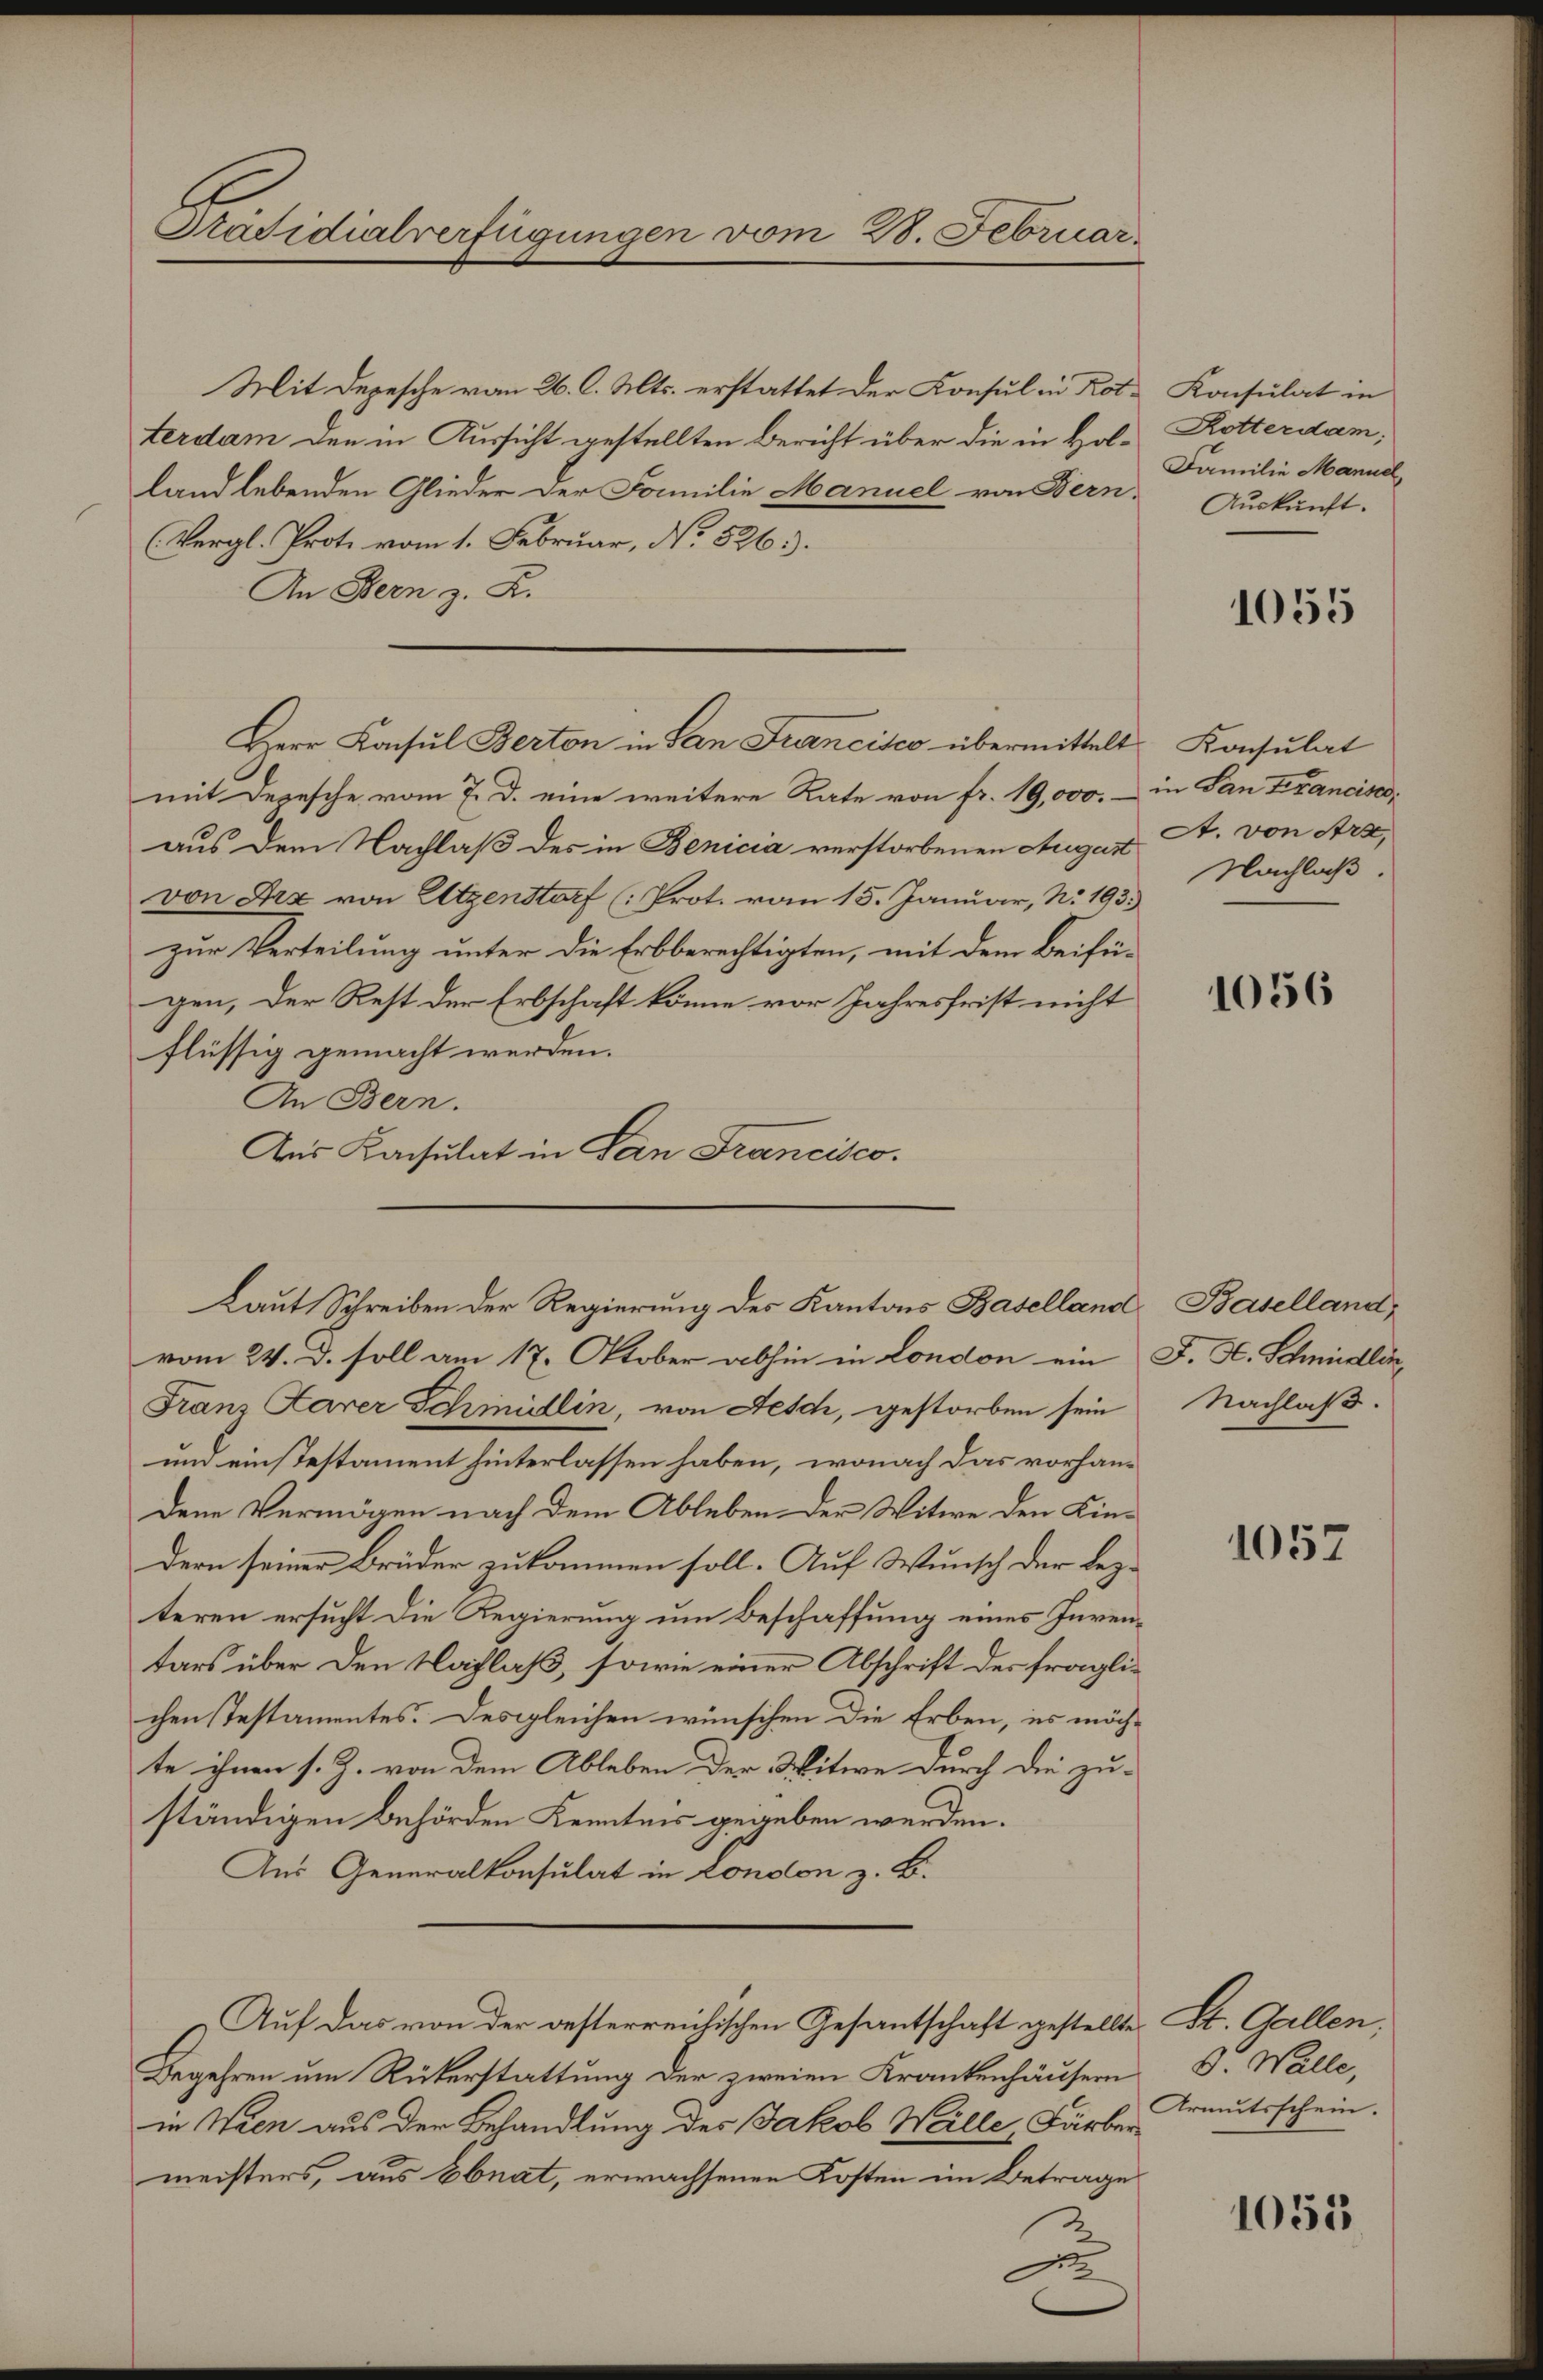
Präsidialverfügungen vom 28. Februar

Mit Depesche vom 26. d. Mts. erstattet der Konsul in Rotterdam den in Aussicht gestellten Bericht über die in Holland lebenden Glieder der Familie Manuel von Fern
(Vergl. Prote vom 1. Februar, No. 526.
An Bern z. B.
mit Depesche vom 7. d. eine weitere Rate von fr. 19,000.-
aus dem Nachlaß des in Benicia verstorbenen Augen A. von Arsevon Arx von Atzenstorf (: Prot. vom 15. Januar, No. 193.
zur Verteilung unter die Erbberechtigten, mit dem Beifügen, der Rest der Erbschaft könne vor Jahresfrist nicht
flüssig gemacht werden.
An Bern.
Aus Konsulat in San Francisco.
vom 24. d. soll am 17. Oktober abhin in London ein J. H. Schmidlin,
Franz Parer Schmidlin, von Aesch, gestorben sein
und einstestament hinterlassen haben, wonach das vorhandene Vermögen nach dem Ableben der Witwe den Kindern seiner Brüder zukommen soll. Auf Wunsch der lezteren ersucht die Regierung um Beschaffung eines Inventars über den Nachlaß, sowie einer Abschrift der fraglichen stestamentes. Desgleichen wünschen die Erben, es möchte ihnen s. Z. von dem Ableben der Witwe durch die zu-
ständigen Behörden Kenntnis gegeben werden.
Aus Generalkonsulat in London z. B.
Auf das von der oesterreichischen Gesantschaft gestellte
Begehren um Rükerstattung der zweien Krankenhäusern
in Wien aus der Behandlung des Jakob Weille, Färber
meisters, aus Ebnat, erwachsenen Kosten im Betrage

Herr Konsul Berton in San Francisco übermittelt Konsulat

Laut Schreiben der Regierung des Kantons Baselland Baselland,

e

Konsulat in
Rotterdam,
Familie Mannel
Auskunft.

1055

in San Francisce
Nachlaß.

1056

Nachlaß.

1057

St. Gallen,
d. Walle,
Armutsschein.

1055